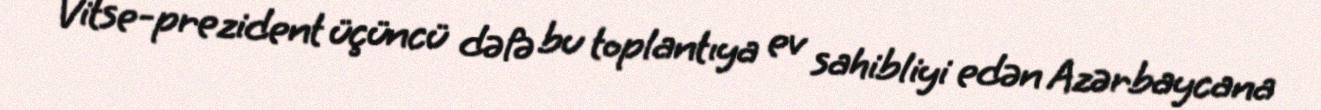
Vitse-prezident üçüncü dəfə bu toplantıya ev sahibliyi edən Azərbaycana